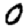
Digit: 0